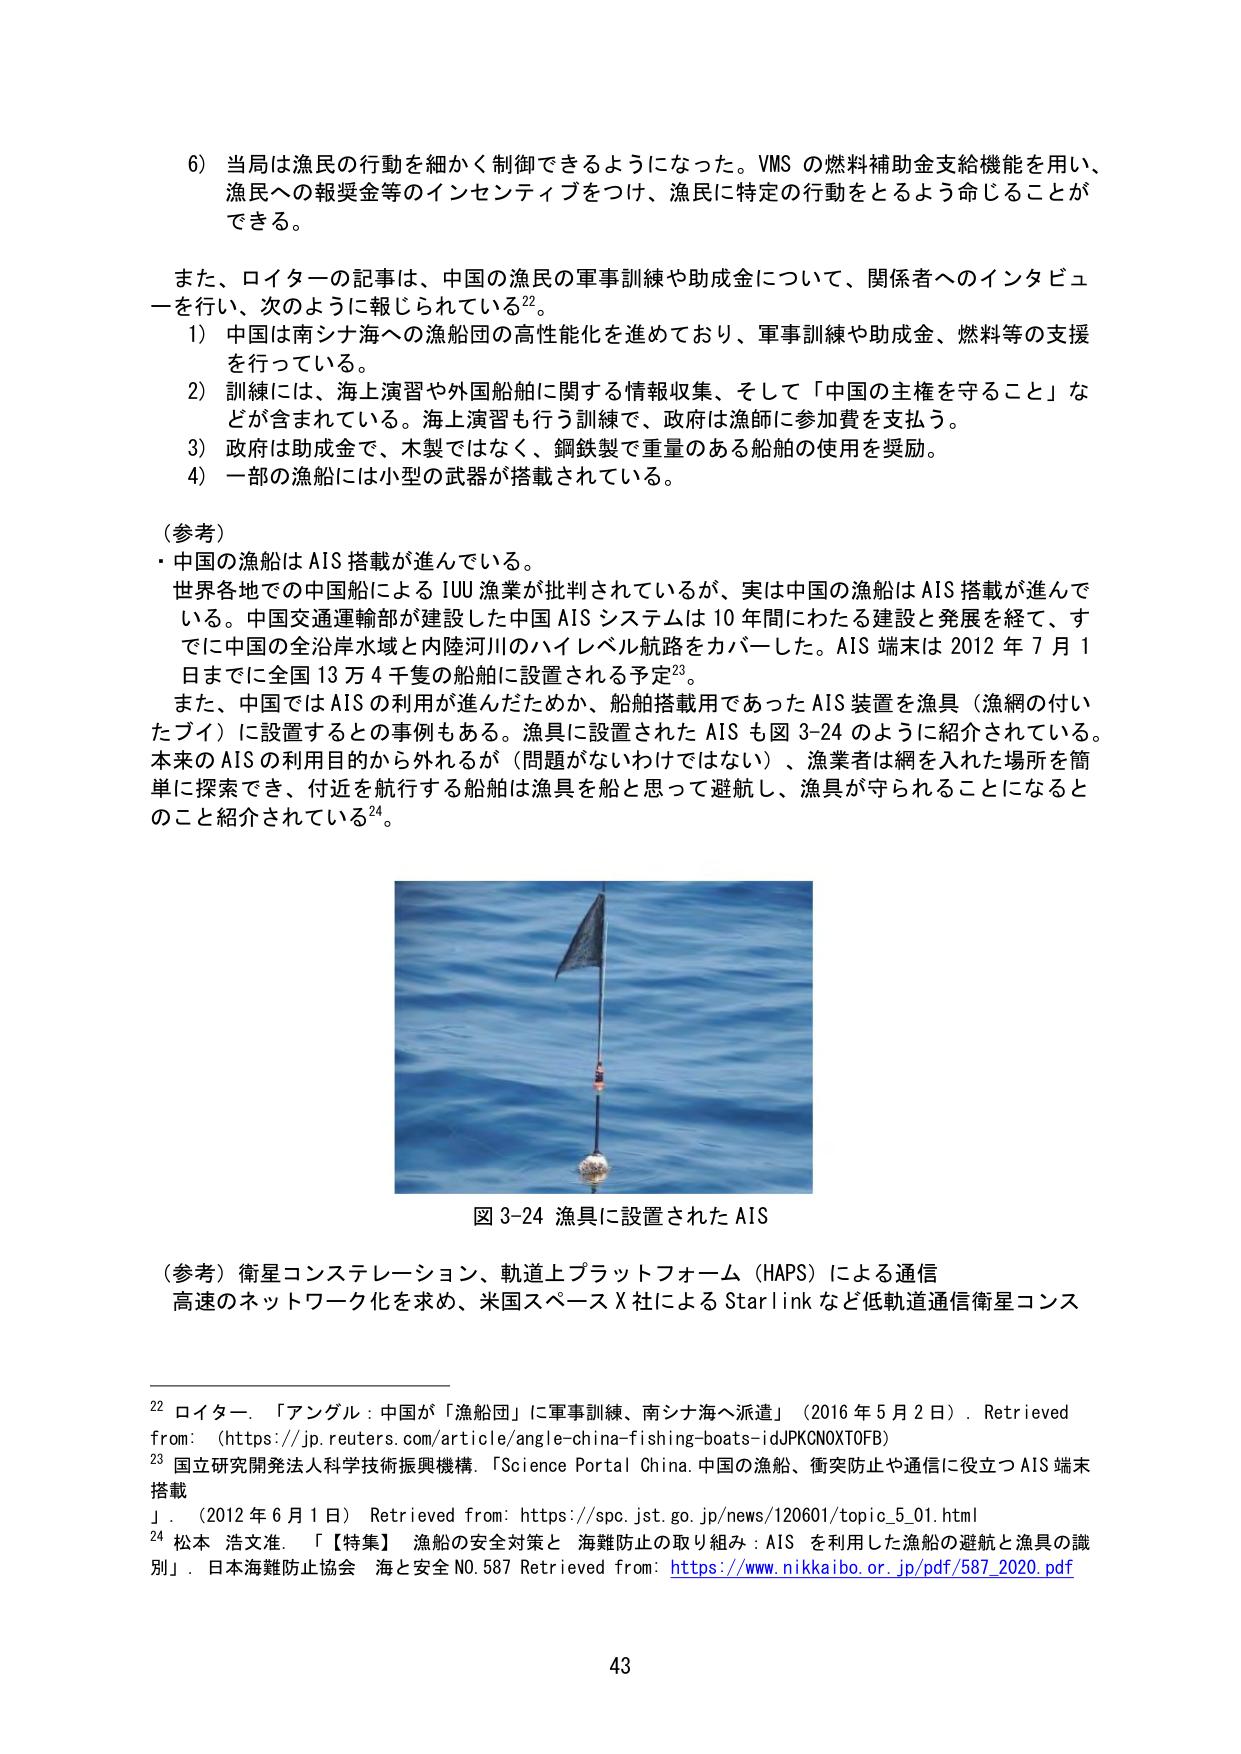
6) 当局は漁民の行動を細かく制御できるようになった。VMS の燃料補助金支給機能を用い、漁民への報奨金等のインセンティブをつけ、漁民に特定の行動をとるよう命じることができる。

また、ロイターの記事は、中国の漁民の軍事訓練や助成金について、関係者へのインタビューを行い、次のように報じられている22。

1) 中国は南シナ海への漁船団の高性能化を進めており、軍事訓練や助成金、燃料等の支援を行っている。

2) 訓練には、海上演習や外国船舶に関する情報収集、そして「中国の主権を守ること」などが含まれている。海上演習も行う訓練で、政府は漁師に参加費を支払う。

3) 政府は助成金で、木製ではなく、鋼鉄製で重量のある船舶の使用を奨励。

4) 一部の漁船には小型の武器が搭載されている。

（参考）
・中国の漁船は AIS 搭載が進んでいる。
世界各地での中国船による IUU 漁業が批判されているが、実は中国の漁船は AIS 搭載が進んでいる。中国交通運輸部が建設した中国 AIS システムは 10 年間にわたる建設と発展を経て、すでに中国の全沿岸水域と内陸河川のハイレベル航路をカバーした。AIS 端末は 2012 年 7 月 1 日までに全国 13 万 4 千隻の船舶に設置される予定23。
また、中国では AIS の利用が進んだためか、船舶搭載用であった AIS 装置を漁具（漁網の付いたパイ）に設置するとの事例もある。漁具に設置された AIS も図 3-24 のように紹介されている。本来の AIS の利用目的から外れるが（問題がないわけではない）、漁業者は網を入れた場所を簡単に探索でき、付近を航行する船舶は漁具を船と思って避航し、漁具が守られることになるとのこと紹介されている24。

図 3-24 漁具に設置された AIS

（参考）衛星コンステレーション、軌道上プラットフォーム（HAPS）による通信
高速のネットワーク化を求め、米国スペース X 社による Starlink など低軌道通信衛星コンス

22 ロイター．「アングル：中国が「漁船団」に軍事訓練、南シナ海へ派遣」（2016 年 5 月 2 日）．Retrieved from: (https://jp.reuters.com/article/angle-china-fishing-boats-idJPKCN0XTOFB)
23 国立研究開発法人科学技術振興機構．「Science Portal China. 中国の漁船、衝突防止や通信に役立つ AIS 端末搭載」．（2012 年 6 月 1 日）Retrieved from: https://spc.jst.go.jp/news/120601/topic_5_01.html
24 松本 浩文准．「【特集】漁船の安全対策と 海難防止の取り組み：AIS を利用した漁船の避航と漁具の識別」．日本海難防止協会 海と安全 NO. 587 Retrieved from: https://www.nikkaibo.or.jp/pdf/587_2020.pdf

43